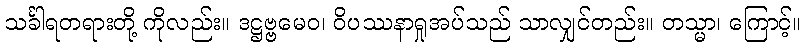
သင်္ခါရတရားတို့ ကိုလည်း။ ဒဋ္ဌဗ္ဗမေဝ၊ ဝိပဿနာရှုအပ်သည် သာလျှင်တည်း။ တသ္မာ၊ ကြောင့်။